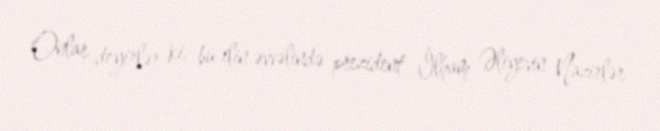
Onlar deyirlər ki, bu ilin əvvəlində prezident İlham Əliyevin Nazirlər